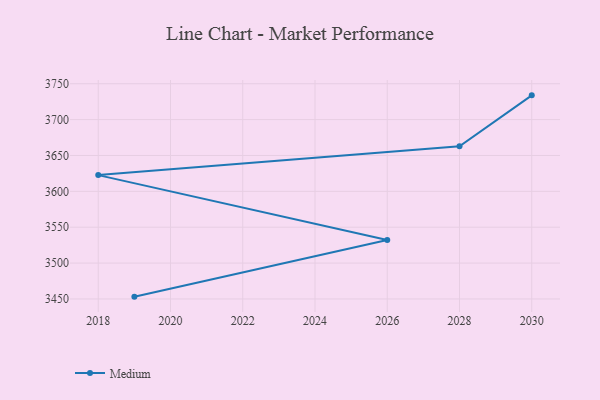
{"axis": {"x": "Year", "y": "Demand Index"}, "legend": ["Medium"], "data": [{"x": "2019", "y": 3453.2, "type": "Medium"}, {"x": "2026", "y": 3532.1, "type": "Medium"}, {"x": "2018", "y": 3622.6, "type": "Medium"}, {"x": "2028", "y": 3662.9, "type": "Medium"}, {"x": "2030", "y": 3733.8, "type": "Medium"}]}